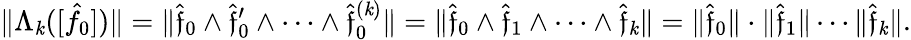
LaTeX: \| \Lambda_{\mathit{k}}([\hat{{f}}_{0}])\| =\| \hat{{\mathfrak{f}}}_{0}\wedge\hat{{\mathfrak{f}}}_{0}^{\prime}\wedge\cdots\wedge\hat{{\mathfrak{f}}}_{0}^{(\mathit{k})}\| =\| \hat{{\mathfrak{f}}}_{0}\wedge\hat{{\mathfrak{f}}}_{1}\wedge\cdots\wedge\hat{{\mathfrak{f}}}_{\mathit{k}}\| =\| \hat{{\mathfrak{f}}}_{0}\| \cdot\| \hat{{\mathfrak{f}}}_{1}\| \cdots\| \hat{{\mathfrak{f}}}_{\mathit{k}}\| .